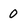
Character: 0